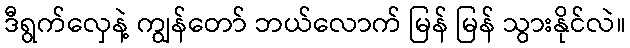
ဒီရွက်လှေနဲ့ ကျွန်တော် ဘယ်လောက် မြန် မြန် သွားနိုင်လဲ။